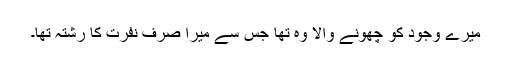
میرے وجود کو چھونے والا وہ تھا جس سے میرا صرف نفرت کا رشتہ تھا۔